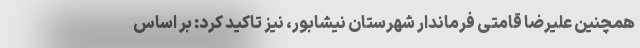
همچنین علیرضا قامتی فرماندار شهرستان نیشابور، نیز تاکید کرد: بر اساس